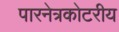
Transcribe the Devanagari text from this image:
पारनेत्रकोटरीय